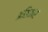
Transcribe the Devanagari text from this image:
अशिकार